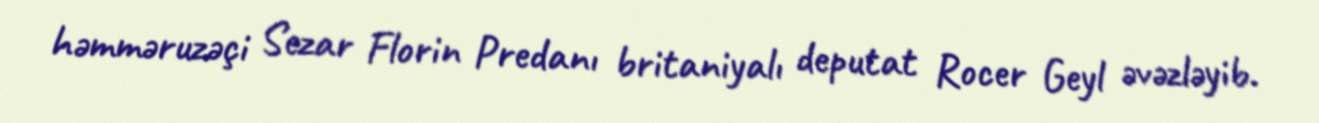
həmməruzəçi Sezar Florin Predanı britaniyalı deputat Rocer Geyl əvəzləyib.